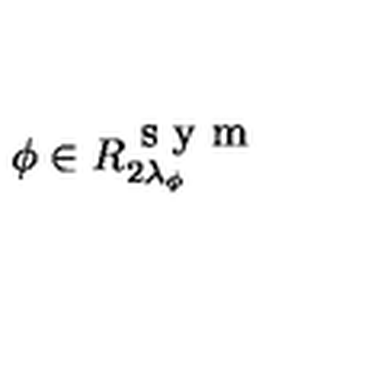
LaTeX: \phi \in R _ { 2 \lambda _ { \phi } } ^ { \textrm { s y m } }